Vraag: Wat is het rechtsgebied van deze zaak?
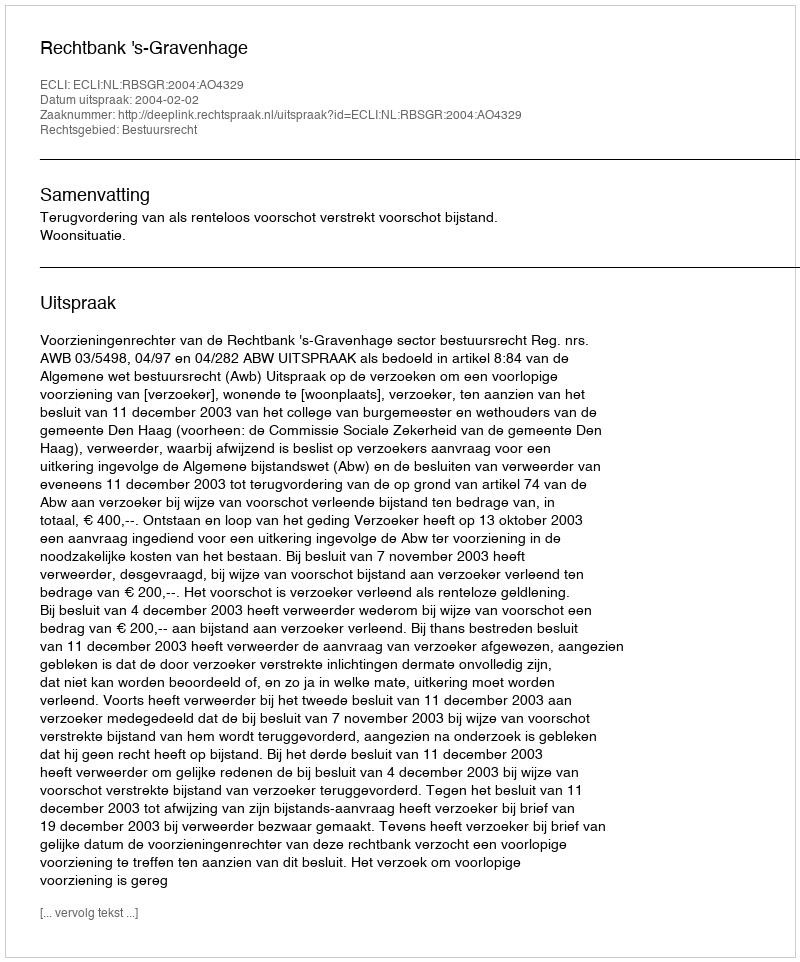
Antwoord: Bestuursrecht